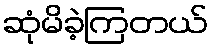
ဆုံမိခဲ့ကြတယ်